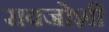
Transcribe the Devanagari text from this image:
रावजोशी